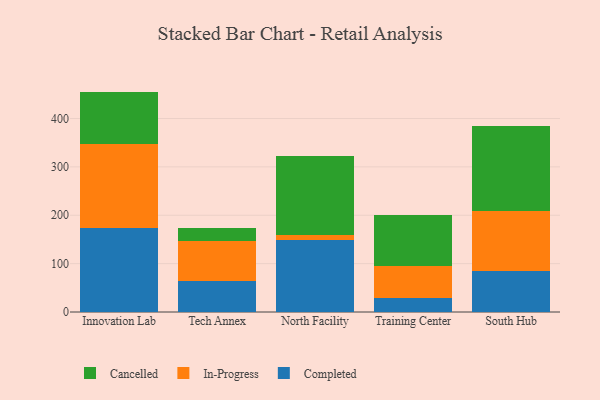
{"axis": {"x": "Campus", "y": "Conversion Rate (%)"}, "legend": ["Cancelled", "Completed", "In-Progress"], "data": [{"x": "Innovation Lab", "y": 174.7, "type": "Completed"}, {"x": "Innovation Lab", "y": 172.9, "type": "In-Progress"}, {"x": "Innovation Lab", "y": 108.1, "type": "Cancelled"}, {"x": "Tech Annex", "y": 64.5, "type": "Completed"}, {"x": "Tech Annex", "y": 81.6, "type": "In-Progress"}, {"x": "Tech Annex", "y": 26.8, "type": "Cancelled"}, {"x": "North Facility", "y": 148.1, "type": "Completed"}, {"x": "North Facility", "y": 10.7, "type": "In-Progress"}, {"x": "North Facility", "y": 163.1, "type": "Cancelled"}, {"x": "Training Center", "y": 29.8, "type": "Completed"}, {"x": "Training Center", "y": 65.0, "type": "In-Progress"}, {"x": "Training Center", "y": 106.6, "type": "Cancelled"}, {"x": "South Hub", "y": 85.6, "type": "Completed"}, {"x": "South Hub", "y": 122.4, "type": "In-Progress"}, {"x": "South Hub", "y": 177.1, "type": "Cancelled"}]}